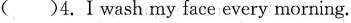
( )4.Ⅰwash my face every morning.